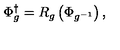
\Phi _ { g } ^ { \dagger } = R _ { g } \left( \Phi _ { g ^ { - 1 } } \right) ,